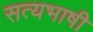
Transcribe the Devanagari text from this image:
सत्यभाषी